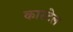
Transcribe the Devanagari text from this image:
कारटेल